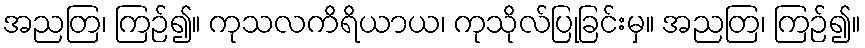
အညတြ၊ ကြဉ်၍။ ကုသလကိရိယာယ၊ ကုသိုလ်ပြုခြင်းမှ။ အညတြ၊ ကြဉ်၍။